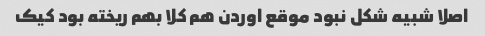
اصلا شبیه شکل نبود موقع اوردن هم کلا بهم ریخته بود کیک